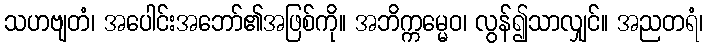
သဟဗျတံ၊ အပေါင်းအဘော်၏အဖြစ်ကို။ အဘိက္ကမ္မေဝ၊ လွန်၍သာလျှင်။ အညတရံ၊